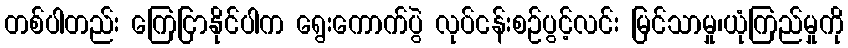
တစ်ပါတည်း ကြေငြာနိုင်ပါက ရွေးကောက်ပွဲ လုပ်ငန်းစဉ်ပွင့်လင်း မြင်သာမှု၊ယုံကြည်မှုကို